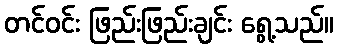
တင်ဝင်း ဖြည်းဖြည်းချင်း ရွေ့သည်။